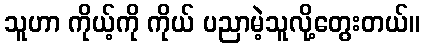
သူဟာ ကိုယ့်ကို ကိုယ် ပညာမဲ့သူလို့တွေးတယ်။